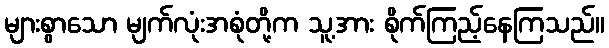
များစွာသော မျက်လုံးအစုံတို့က သူ့အား စိုက်ကြည့်နေကြသည်။